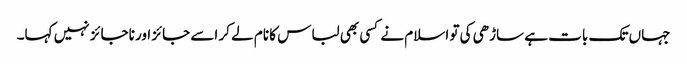
جہاں تک بات ہے ساڑھی کی تو اسلام نے کسی بھی لباس کا نام لے کر اسے جائز اور ناجائز نہیں کہا۔